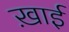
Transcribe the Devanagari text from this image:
ख़ाई